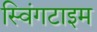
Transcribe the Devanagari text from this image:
स्विंगटाइम